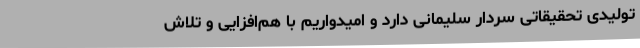
تولیدی تحقیقاتی سردار سلیمانی دارد و امیدواریم با هم‌افزایی و تلاش